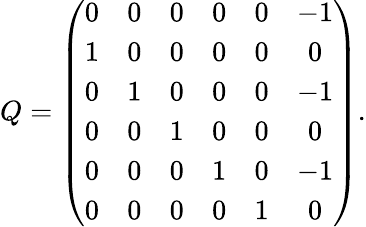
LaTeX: Q=\left(\begin{array}{cccccc}{{0}}&{{0}}&{{0}}&{{0}}&{{0}}&{{-1}}\\ {{1}}&{{0}}&{{0}}&{{0}}&{{0}}&{{0}}\\ {{0}}&{{1}}&{{0}}&{{0}}&{{0}}&{{-1}}\\ {{0}}&{{0}}&{{1}}&{{0}}&{{0}}&{{0}}\\ {{0}}&{{0}}&{{0}}&{{1}}&{{0}}&{{-1}}\\ {{0}}&{{0}}&{{0}}&{{0}}&{{1}}&{{0}}\end{array}\right).